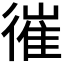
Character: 𢕘